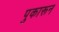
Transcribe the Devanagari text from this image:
पुकारून